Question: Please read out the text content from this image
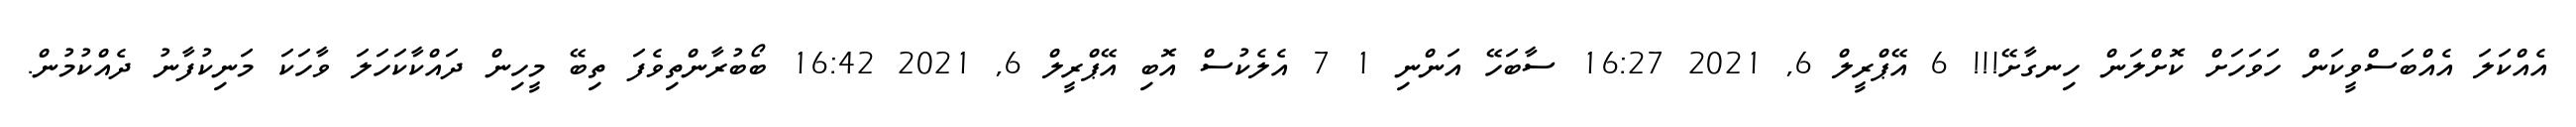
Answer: އެއްކަލަ އެއްބަސްވީކަން ހަވަހަށް ކޮށްލަން ހިނގާށޭ!!! 6 އޭޕްރީލް 6, 2021 16:27 ސާބަހޭ އަންނި 1 7 އެލެކުސް އޮބި އޭޕްރީލް 6, 2021 16:42 ބޯބުރާންތިވެފަ ތިބޭ މީހިން ދައްކާކަހަލަ ވާހަކަ މަނިކުފާނު ދެއްކުމުން.